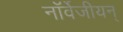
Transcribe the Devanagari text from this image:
नॉर्वेजीयन्